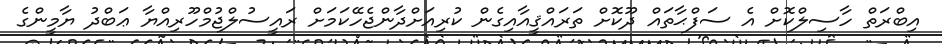
އިބްރަތް ހާސިލްކޮށް އެ ސަފްޙާތައް ދޫކޮށް ތަރައްޤީއާއިގެން ކުރިއަށްދާންޖެހޭކަމަށް ރައީސުލްޖުމްހޫރިއްޔާ ޢަބްދު ޔާމީންގެ